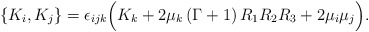
\begin{align*} \{K_i,K_j\}&=\epsilon_{ijk}\Big(K_{k}+2\mu_k\,(\Gamma+1)\,R_1R_2R_3+2\mu_i\mu_j\Big).\end{align*}